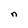
Character: n